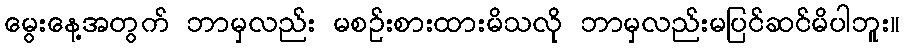
မွေးနေ့အတွက် ဘာမှလည်း မစဉ်းစားထားမိသလို ဘာမှလည်းမပြင်ဆင်မိပါဘူး။